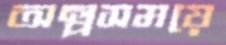
অল্পসময়ে